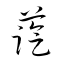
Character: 藍